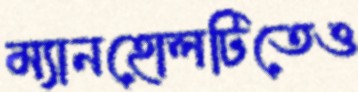
ম্যানহোলটিতেও